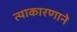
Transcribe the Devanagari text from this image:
त्याकारणाने